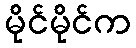
မိုင်မိုင်က